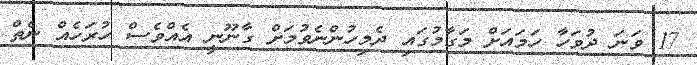
17 ވަނަ ދުވަހާ ހަމައަށް މަގާމުގައި ދެމިހުންނެވުމަށް ގާނޫނީ އެއްވެސް ހުރަހެއް ނެތް